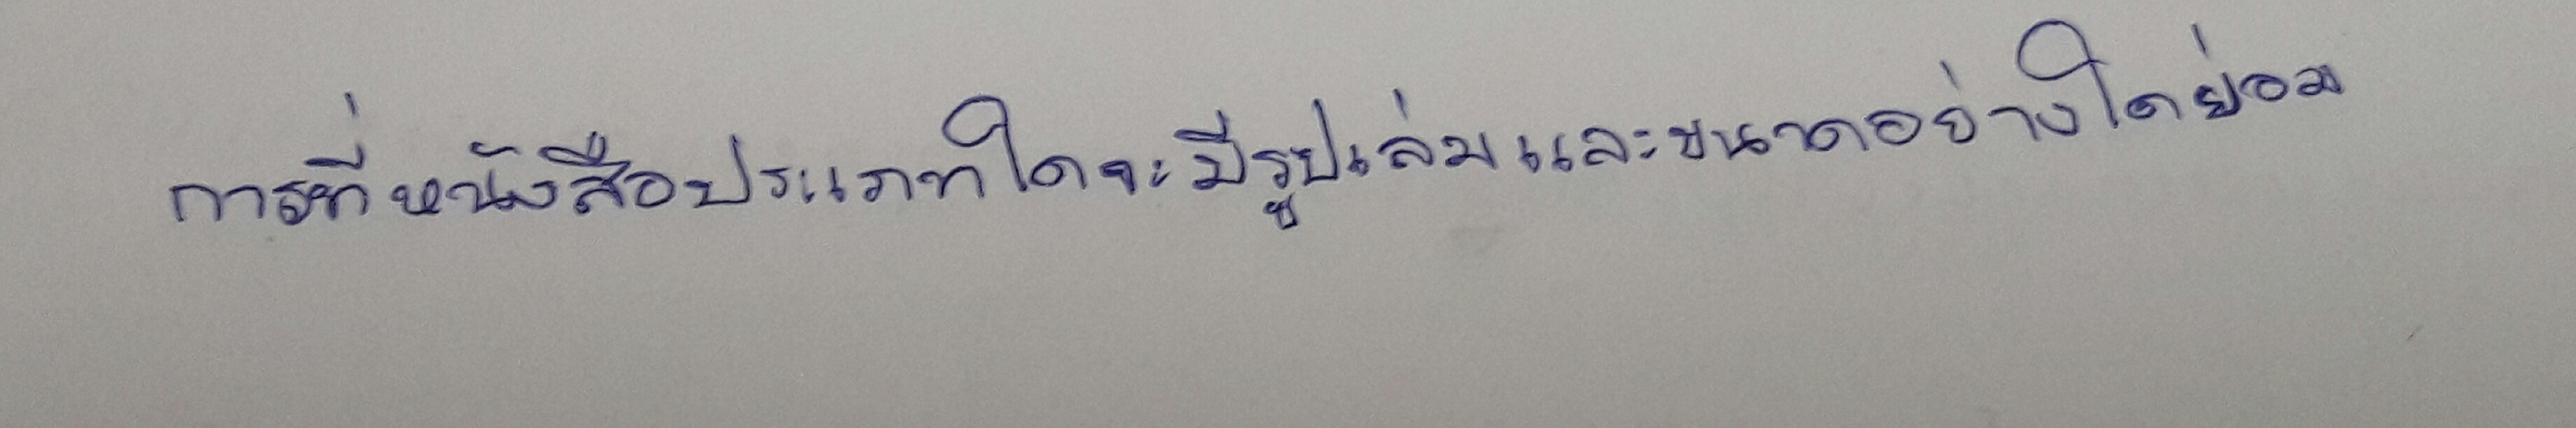
การที่หนังสือประเภทใดจะมีรูปเล่มและขนาดอย่างใดย่อม